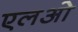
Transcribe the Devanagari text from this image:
एलओ